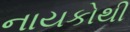
નાયકોથી